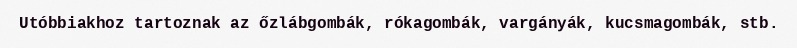
Utóbbiakhoz tartoznak az őzlábgombák, rókagombák, vargányák, kucsmagombák, stb.